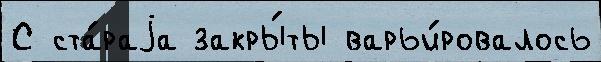
С ста́раjа закры́ты варьи́ровалось